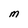
Character: M